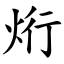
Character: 烆